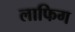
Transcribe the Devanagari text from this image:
लाफिग